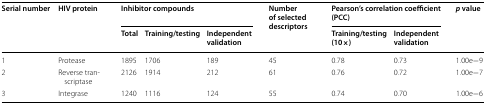
<table><thead><tr><td rowspan="2"><b>Serial number</b></td><td rowspan="2"><b>HIV protein</b></td><td colspan="3"><b>Inhibitor compounds</b></td><td rowspan="2"><b>Number of selected descriptors</b></td><td colspan="2"><b>Pearson’s correlation coefficient (PCC)</b></td><td rowspan="2"><b><i>p</i> value</b></td></tr><tr><td><b>Total</b></td><td><b>Training/testing</b></td><td><b>Independent validation</b></td><td><b>Training/testing (10×)</b></td><td><b>Independent validation</b></td></tr></thead><tbody><tr><td>1</td><td>Protease</td><td>1895</td><td>1706</td><td>189</td><td>45</td><td>0.78</td><td>0.73</td><td>1.00e−9</td></tr><tr><td>2</td><td>Reverse transcriptase</td><td>2126</td><td>1914</td><td>212</td><td>61</td><td>0.76</td><td>0.72</td><td>1.00e−7</td></tr><tr><td>3</td><td>Integrase</td><td>1240</td><td>1116</td><td>124</td><td>55</td><td>0.74</td><td>0.70</td><td>1.00e−6</td></tr></tbody></table>